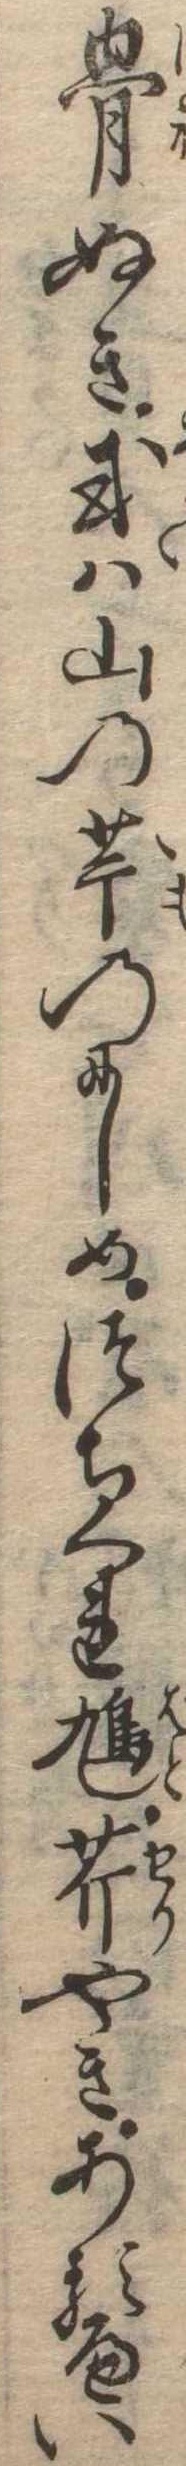
骨ぬき或は山の芋のにしめつちくれ鳩芹やきあるへい